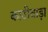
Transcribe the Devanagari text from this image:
काठीवाड़ा